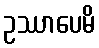
ဥဿာပေမိ